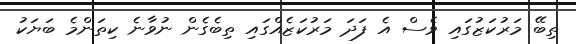
ތިބޭ މަރުކަޒުގައި ވެސް އެ ފަދަ މަރުކަޒެއްގައި ތިބެގެން ނުވާނެ ކިތަންމެ ބަޔަކު